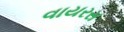
વાયરસ